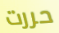
حررت